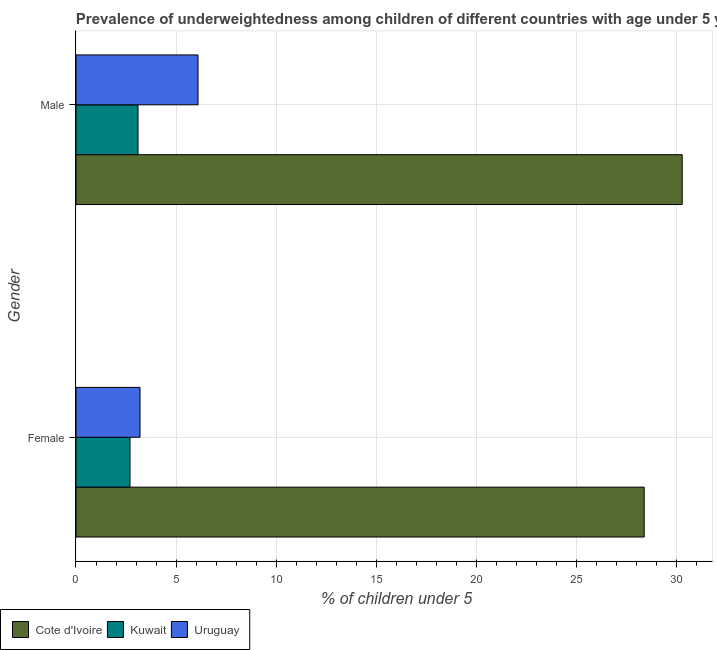
| Gender | Cote d'Ivoire | Kuwait | Uruguay |
 | --- | --- | --- | --- |
 | Female | 28.4 | 2.7 | 3.2 |
 | Male | 30.3 | 3.1 | 6.1 |